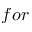
f o r